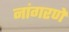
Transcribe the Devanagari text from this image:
नांगरणे